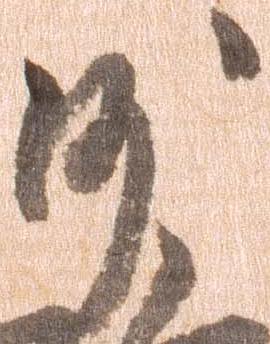
沙